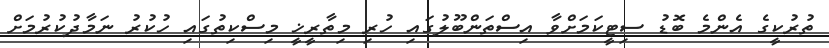
ތުރުކީގެ އެންމެ ބޮޑު ސިޓީކަމަށްވާ އިސްތަންބޫލުގައި ހުރި މިތާރީޚީ މިސްކިތުގައި ހުކުރު ނަމާދުކުރުމަށް